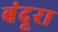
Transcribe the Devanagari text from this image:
बंदूरा